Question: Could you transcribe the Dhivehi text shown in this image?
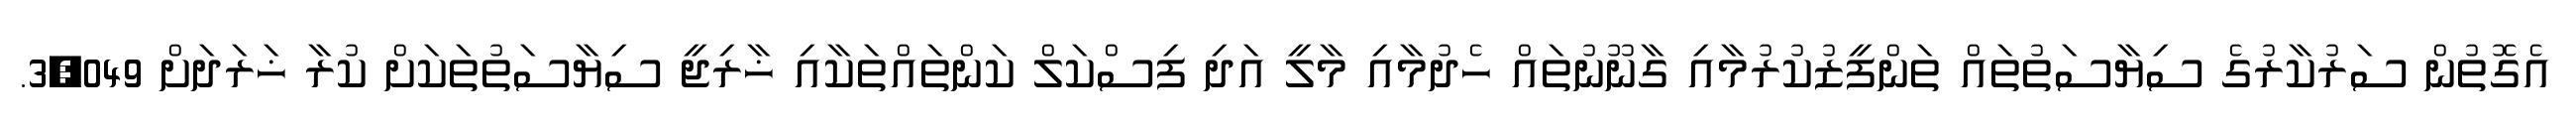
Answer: އެގޮތުން ސަރުކާރުގެ ސިޔާސަތުތައް ތަންފީޒުކުރުމާއި ގާނޫނުތައް ހެދުމާއި މާލީ އަދި ފިސްކަލް ކަންތައްތަކާއި ޚާރިޖީ ސިޔާސަތުތަކަށް ކުރާ ޚަރަދަށް 3,049.